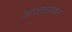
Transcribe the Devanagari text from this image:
आश्वालयन